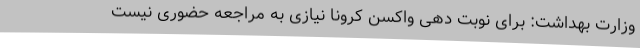
وزارت بهداشت: برای نوبت دهی واکسن کرونا نیازی به مراجعه حضوری نیست